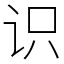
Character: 识